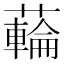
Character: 𮒜